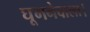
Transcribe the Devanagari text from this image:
घूमनेवाला।